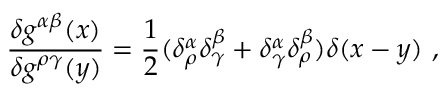
\frac { \delta g ^ { \alpha \beta } ( x ) } { \delta g ^ { \rho \gamma } ( y ) } = \frac { 1 } { 2 } ( \delta _ { \rho } ^ { \alpha } \delta _ { \gamma } ^ { \beta } + \delta _ { \gamma } ^ { \alpha } \delta _ { \rho } ^ { \beta } ) \delta ( x - y ) \ ,